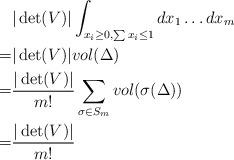
LaTeX: \begin{align*}&|\det(V)|\int_{x_i\ge0,\sum x_i\le1}dx_1\dots dx_m\\=&|\det(V)|vol(\Delta)\\=&\frac{|\det(V)|}{m!} \sum_{\sigma\in S_m}vol(\sigma(\Delta))\\=&\frac{|\det(V)|}{m!}\end{align*}